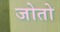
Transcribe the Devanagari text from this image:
जोतो